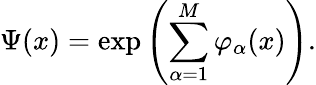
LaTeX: \Psi(x)=\exp\left(\sum_{\alpha=1}^{M}\varphi_{\alpha}(x)\right).